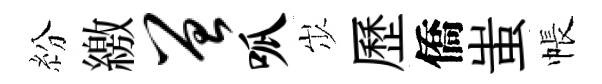
紛繳曾呱𡵯歷僑蚩帳